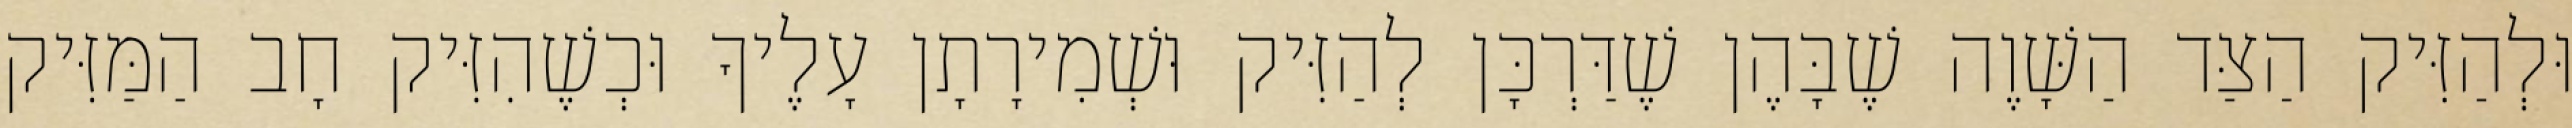
וּלְהַזִּיק הַצַּד הַשָּׁוֶה שֶׁבָּהֶן שֶׁדַּרְכָּן לְהַזִּיק וּשְׁמִירָתָן עָלֶיךָ וּכְשֶׁהִזִּיק חָב הַמַּזִּיק